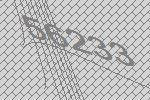
56233